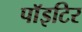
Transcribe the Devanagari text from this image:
पाॅइटिर